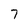
Character: 7